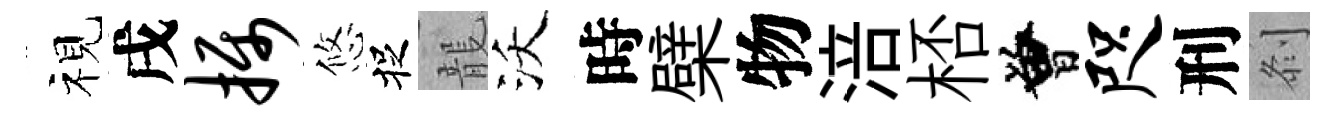
视戌摄悠捉龍沃時檗物涪桮曾咫刑𠛴